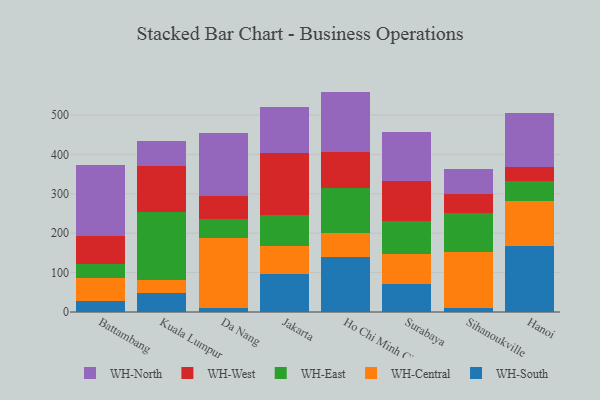
{"axis": {"x": "City", "y": "Waste Production (Tons)"}, "legend": ["WH-Central", "WH-East", "WH-North", "WH-South", "WH-West"], "data": [{"x": "Battambang", "y": 27.7, "type": "WH-South"}, {"x": "Battambang", "y": 58.5, "type": "WH-Central"}, {"x": "Battambang", "y": 36.1, "type": "WH-East"}, {"x": "Battambang", "y": 71.6, "type": "WH-West"}, {"x": "Battambang", "y": 178.6, "type": "WH-North"}, {"x": "Kuala Lumpur", "y": 49.1, "type": "WH-South"}, {"x": "Kuala Lumpur", "y": 31.8, "type": "WH-Central"}, {"x": "Kuala Lumpur", "y": 172.7, "type": "WH-East"}, {"x": "Kuala Lumpur", "y": 118.1, "type": "WH-West"}, {"x": "Kuala Lumpur", "y": 61.0, "type": "WH-North"}, {"x": "Da Nang", "y": 10.0, "type": "WH-South"}, {"x": "Da Nang", "y": 177.2, "type": "WH-Central"}, {"x": "Da Nang", "y": 47.8, "type": "WH-East"}, {"x": "Da Nang", "y": 60.1, "type": "WH-West"}, {"x": "Da Nang", "y": 160.1, "type": "WH-North"}, {"x": "Jakarta", "y": 97.3, "type": "WH-South"}, {"x": "Jakarta", "y": 69.4, "type": "WH-Central"}, {"x": "Jakarta", "y": 79.5, "type": "WH-East"}, {"x": "Jakarta", "y": 156.2, "type": "WH-West"}, {"x": "Jakarta", "y": 116.7, "type": "WH-North"}, {"x": "Ho Chi Minh City", "y": 138.9, "type": "WH-South"}, {"x": "Ho Chi Minh City", "y": 62.2, "type": "WH-Central"}, {"x": "Ho Chi Minh City", "y": 114.6, "type": "WH-East"}, {"x": "Ho Chi Minh City", "y": 89.9, "type": "WH-West"}, {"x": "Ho Chi Minh City", "y": 153.6, "type": "WH-North"}, {"x": "Surabaya", "y": 72.3, "type": "WH-South"}, {"x": "Surabaya", "y": 74.5, "type": "WH-Central"}, {"x": "Surabaya", "y": 84.2, "type": "WH-East"}, {"x": "Surabaya", "y": 101.1, "type": "WH-West"}, {"x": "Surabaya", "y": 124.7, "type": "WH-North"}, {"x": "Sihanoukville", "y": 10.7, "type": "WH-South"}, {"x": "Sihanoukville", "y": 140.7, "type": "WH-Central"}, {"x": "Sihanoukville", "y": 99.0, "type": "WH-East"}, {"x": "Sihanoukville", "y": 48.5, "type": "WH-West"}, {"x": "Sihanoukville", "y": 65.0, "type": "WH-North"}, {"x": "Hanoi", "y": 168.0, "type": "WH-South"}, {"x": "Hanoi", "y": 114.4, "type": "WH-Central"}, {"x": "Hanoi", "y": 50.3, "type": "WH-East"}, {"x": "Hanoi", "y": 35.3, "type": "WH-West"}, {"x": "Hanoi", "y": 137.5, "type": "WH-North"}]}